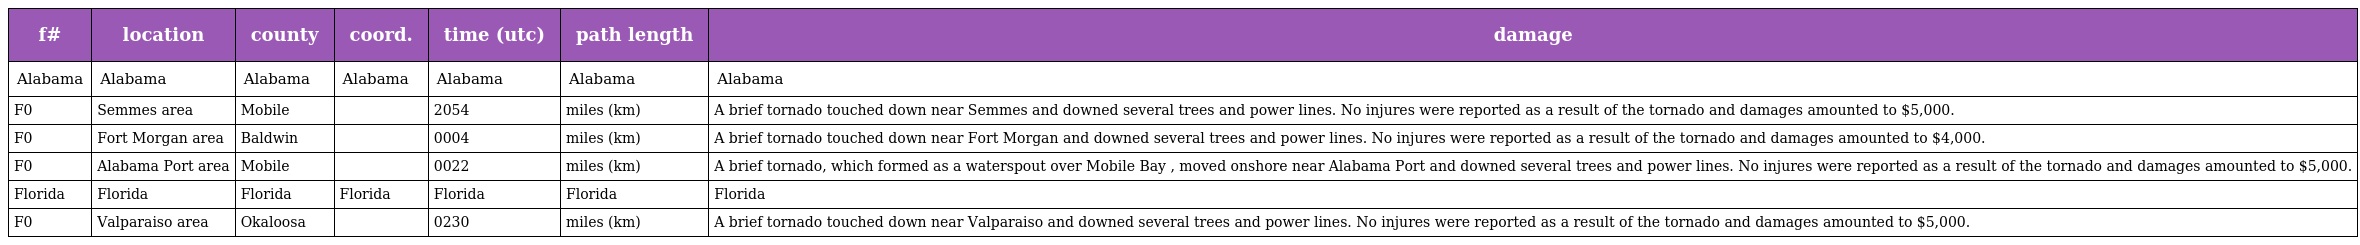
| f# | location | county | coord. | time (utc) | path length | damage |
 | --- | --- | --- | --- | --- | --- | --- |
 | Alabama | Alabama | Alabama | Alabama | Alabama | Alabama | Alabama |
 | F0 | Semmes area | Mobile |  | 2054 | miles (km) | A brief tornado touched down near Semmes and downed several trees and power lines. No injures were reported as a result of the tornado and damages amounted to $5,000. |
 | F0 | Fort Morgan area | Baldwin |  | 0004 | miles (km) | A brief tornado touched down near Fort Morgan and downed several trees and power lines. No injures were reported as a result of the tornado and damages amounted to $4,000. |
 | F0 | Alabama Port area | Mobile |  | 0022 | miles (km) | A brief tornado, which formed as a waterspout over Mobile Bay , moved onshore near Alabama Port and downed several trees and power lines. No injures were reported as a result of the tornado and damages amounted to $5,000. |
 | Florida | Florida | Florida | Florida | Florida | Florida | Florida |
 | F0 | Valparaiso area | Okaloosa |  | 0230 | miles (km) | A brief tornado touched down near Valparaiso and downed several trees and power lines. No injures were reported as a result of the tornado and damages amounted to $5,000. |